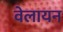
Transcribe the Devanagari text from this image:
वेलायन